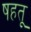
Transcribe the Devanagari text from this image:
षहतू